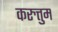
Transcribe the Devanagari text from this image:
करुत्तुम